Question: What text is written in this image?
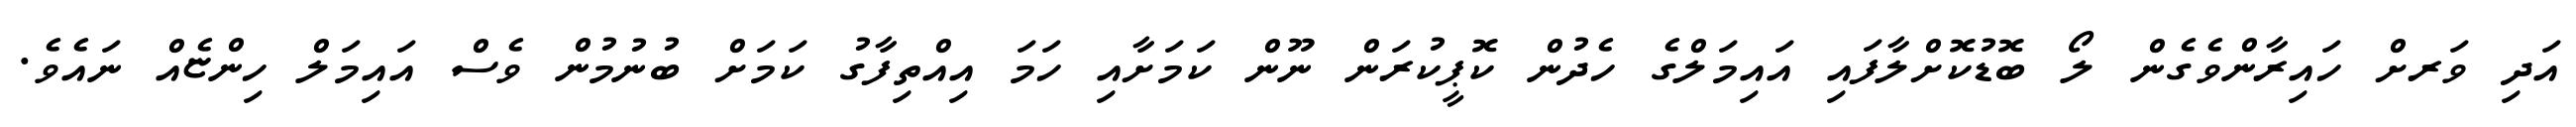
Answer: އަދި ވަރށް ހައިރާންވެގެން ލޯ ބޮޑުކޮށްލާފައި އައިމަލްގެ ހެދުން ކޮޕީކުރަން ނޫން ކަމަށާއި ހަމަ އިއްތިފާގު ކަމަށް ބުނުމުން ވެސް އައިމަލް ހިންޏެއް ނައެވެ.